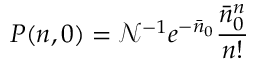
P ( n , 0 ) = \mathcal { N } ^ { - 1 } e ^ { - \bar { n } _ { 0 } } \frac { \bar { n } _ { 0 } ^ { n } } { n ! }